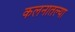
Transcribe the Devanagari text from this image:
कलनातल्या